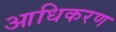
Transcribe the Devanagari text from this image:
आधिकरण